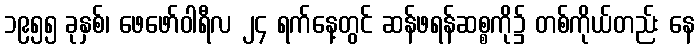
၁၉၅၅ ခုနှစ်၊ ဖေဖော်ဝါရီလ ၂၄ ရက်နေ့တွင် ဆန်ဖရန်ဆစ္စကို၌ တစ်ကိုယ်တည်း နေ